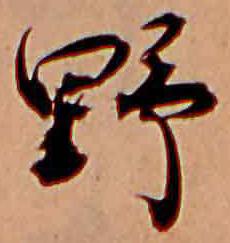
野